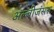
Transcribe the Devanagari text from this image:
अल्बीजंसस